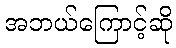
အဘယ်ကြောင့်ဆို